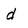
Character: d